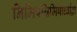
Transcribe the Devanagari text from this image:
निमिषन्निमिषार्ध्वाद्वा